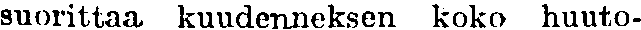
suorittaa kuudenneksen koko huuto-